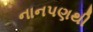
નાનપણથી